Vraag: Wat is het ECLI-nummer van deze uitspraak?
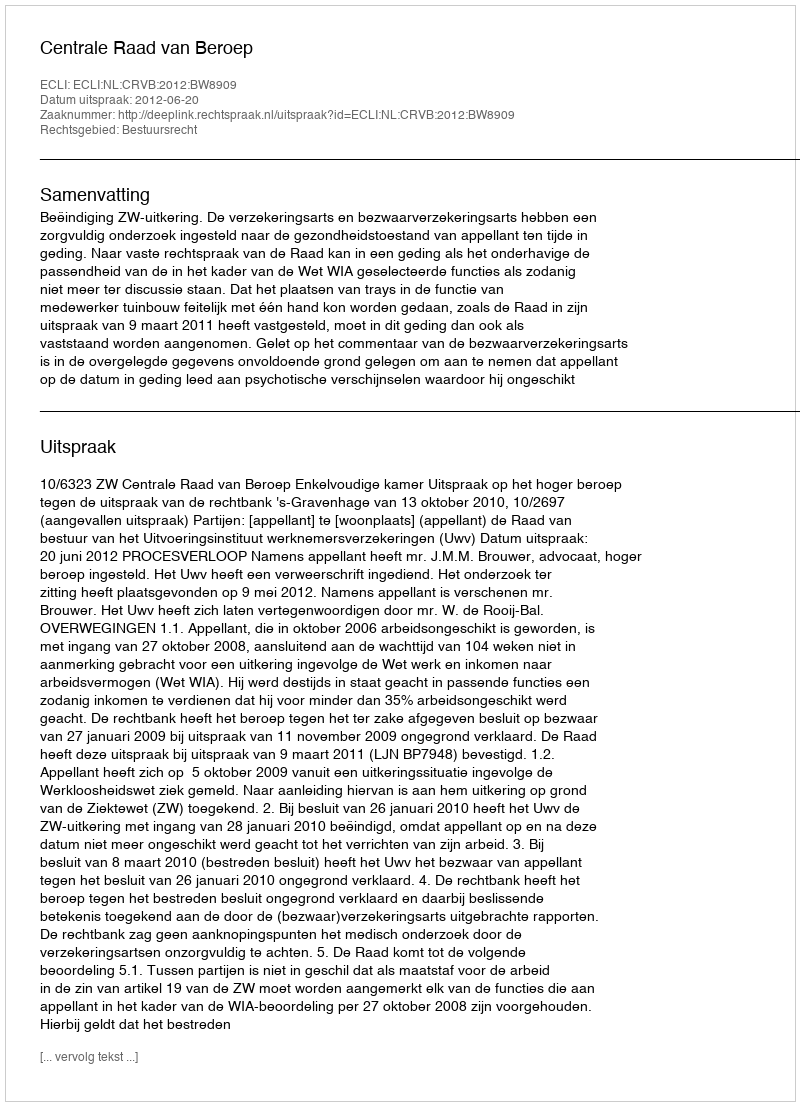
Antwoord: ECLI:NL:CRVB:2012:BW8909